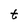
Character: t